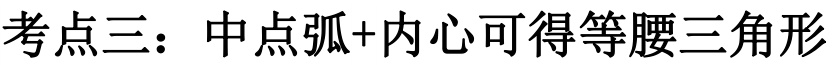
考点三：中点弧+内心可得等腰三角形